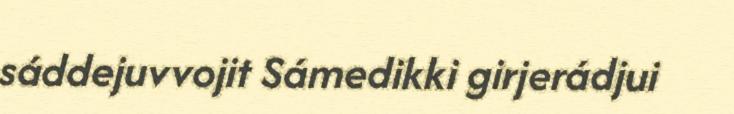
sáddejuvvojit Sámedikki girjerádjui